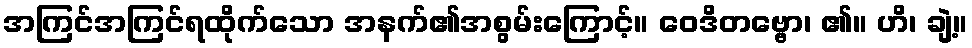
အကြင်အကြင်ရထိုက်သော အနက်၏အစွမ်းကြောင့်။ ဝေဒိတဗ္ဗော၊ ၏။ ဟိ၊ ချဲ့။